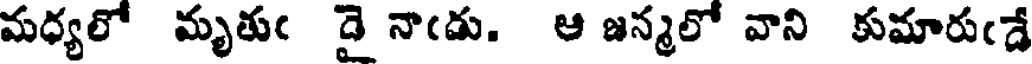
మధ్యలో మృతుఁ దై నాఁడు. ఆ జన్మలో వాని కుమారుఁడే